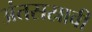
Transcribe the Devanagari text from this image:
अंतसस्रावी